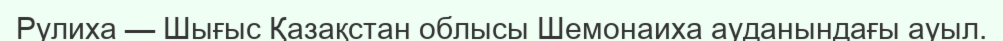
Рулиха — Шығыс Қазақстан облысы Шемонаиха ауданындағы ауыл.